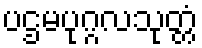
ပဌမပုဂ္ဂလသုတ္တံ